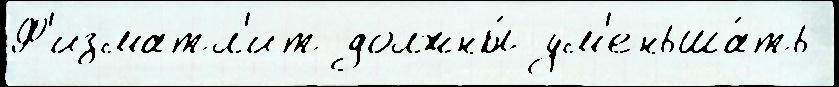
Ф'изматл'ит должны́ ум'еньша́ть